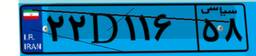
۲۲D۱۱۶۵۸